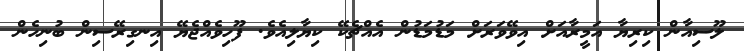
ލޫސިއާން ކިރިޔާ އަމީރާއަށް އިވޭވަރަށް މަޑުމަޑުން އެއްޗެކޭ ކިޔާލިއެވެ. ފޫހިވެއްޖެޔޭ އިނގިރޭސިން ބުނިހެން